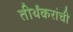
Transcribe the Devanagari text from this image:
तीर्थंकरांची